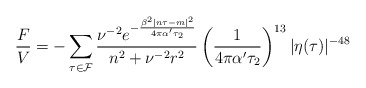
\begin{align*}\frac{F}{V}=-\sum_{\tau\in{\cal F}}\frac{ \nu^{-2} e^{-\frac{\beta^2|n\tau-m|^2}{4\pi\alpha'\tau_2}} } {n^2+\nu^{-2}r^2}\left(\frac{1}{4\pi\alpha'\tau_2}\right)^{13}\vert\eta(\tau)\vert^{-48}\end{align*}